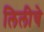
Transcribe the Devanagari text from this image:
लिलीचे